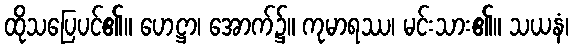
ထိုသပြေပင်၏။ ဟေဋ္ဌာ၊ အောက်၌။ ကုမာရဿ၊ မင်းသား၏။ သယနံ၊